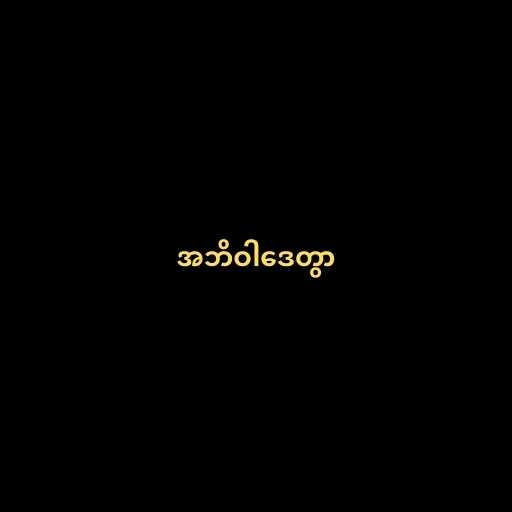
အဘိဝါဒေတွာ